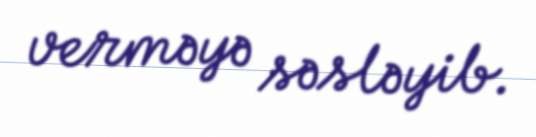
verməyə səsləyib.